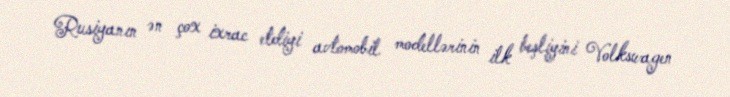
Rusiyanın ən çox ixrac etdiyi avtomobil modellərinin ilk beşliyini Volkswagen